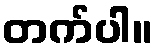
တက်ပါ။